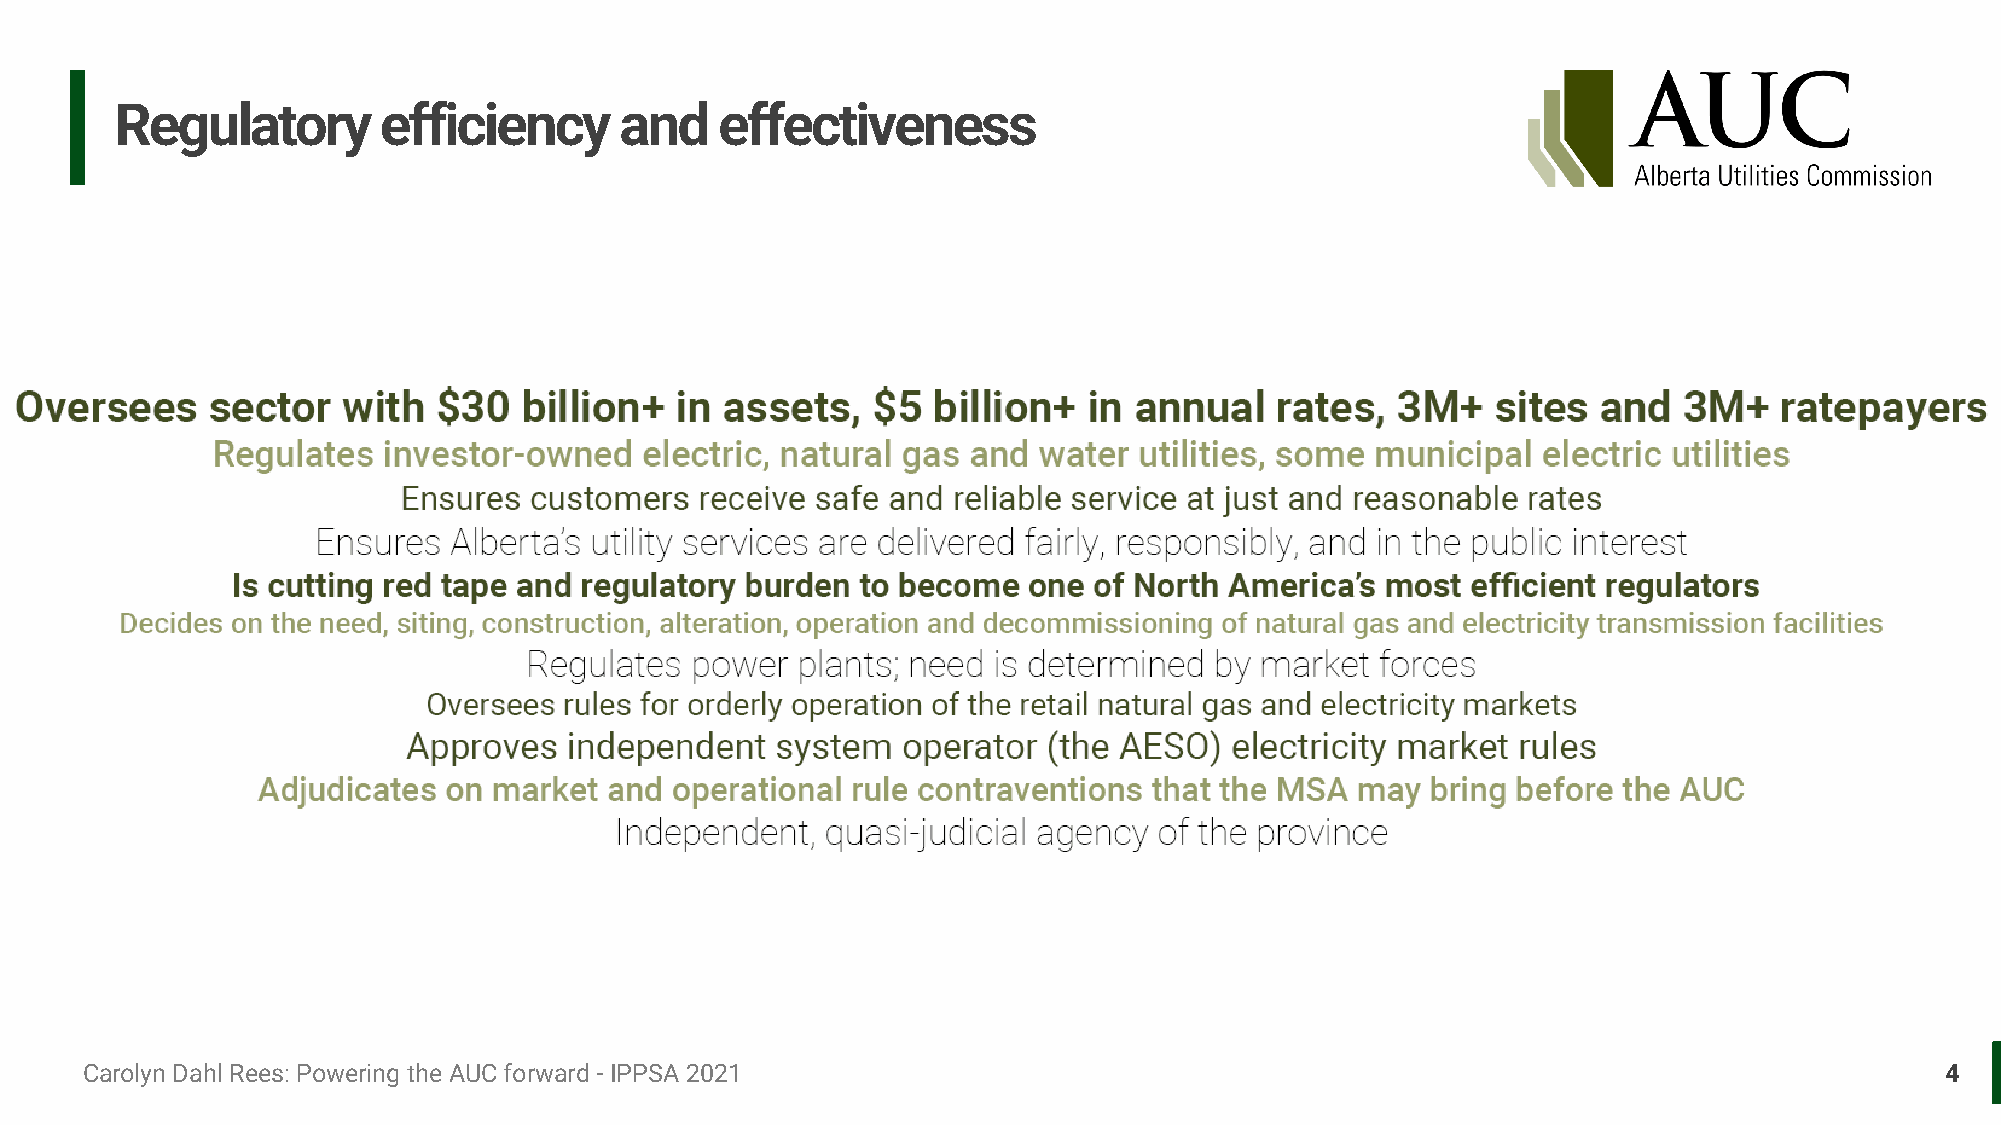
Regulatory       efficiency      and    effectiveness
 Carolyn Dahl Rees: Powering the AUC forward - IPPSA 2021                                                                    4